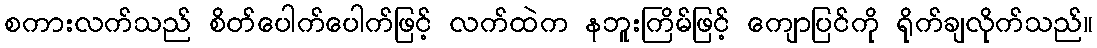
စကားလက်သည် စိတ်ပေါက်ပေါက်ဖြင့် လက်ထဲက နဘူးကြိမ်ဖြင့် ကျောပြင်ကို ရိုက်ချလိုက်သည်။